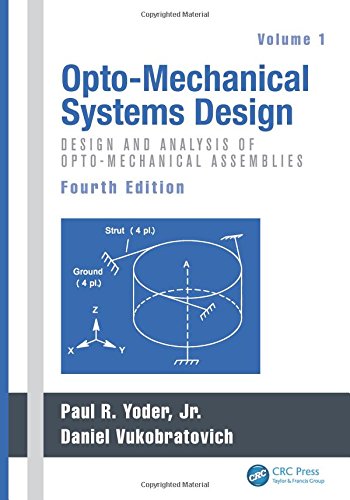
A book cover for Opto-Mechanical Systems Design, Fourth Edition, Two Volume Set: Opto-Mechanical Systems Design, Fourth Edition, Volume 1: Design and Analysis of Opto-Mechanical Assemblies; Science & Math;